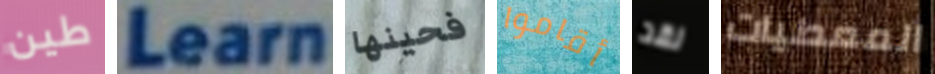
طين Learn فحينها أقاموا لقد المعطيات